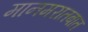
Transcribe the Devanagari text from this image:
मानमरातबात